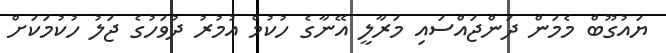
ޔައުގޫބް މެމަން ދަންޖައްސައި މަރާލީ އޭނާގެ ހުކުމް އުމުރު ދުވަހުގެ ޖަލު ހުކުމަކަށް